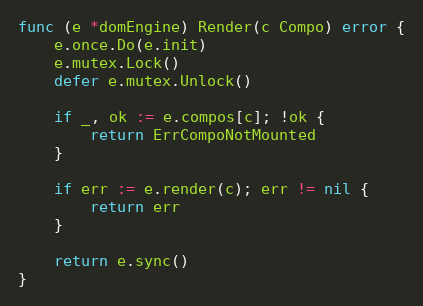
Language: Go
func (e *domEngine) Render(c Compo) error {
	e.once.Do(e.init)
	e.mutex.Lock()
	defer e.mutex.Unlock()

	if _, ok := e.compos[c]; !ok {
		return ErrCompoNotMounted
	}

	if err := e.render(c); err != nil {
		return err
	}

	return e.sync()
}